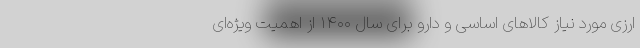
ارزی مورد نیاز کالاهای اساسی و دارو برای سال ۱۴۰۰ از اهمیت ویژه‌ای